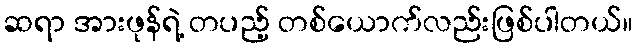
ဆရာ အားဖုန်ရဲ့ တပည့် တစ်ယောက်လည်းဖြစ်ပါတယ်။